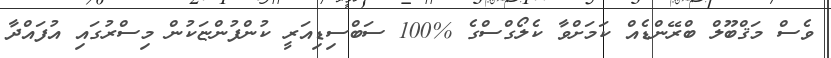
ވެސް މަޤްބޫލް ބްރޭންޑެއް ކަމަށްވާ ކެލޯގްސްގެ %100 ސަބްސިޑިއަރީ ކުންފުންޏަކުން މިސްރުގައި އުފައްދާ